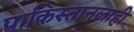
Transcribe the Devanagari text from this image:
पाकिस्तानलाही